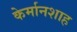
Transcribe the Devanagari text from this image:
केर्मानशाह